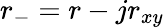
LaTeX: r_{-}=r-jr_{xy}